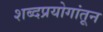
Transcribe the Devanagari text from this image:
शब्दप्रयोगांतून